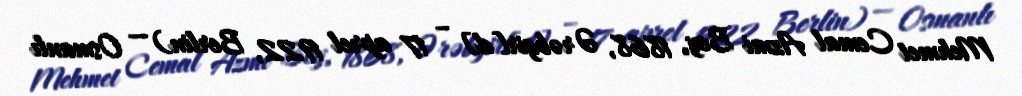
Mehmet Cemal Azmi Bey, 1868, Ərəbgir[d] – 17 aprel 1922, Berlin) — Osmanlı